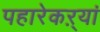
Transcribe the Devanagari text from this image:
पहारेकऱ्यां